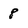
Character: 8